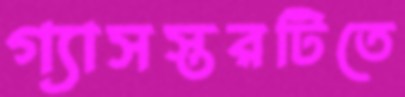
গ্যাসস্তরটিতে